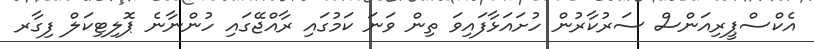
އެކްސްޕީރިއަންސް ސަރުކާރުން ހުށައަޅާފައިވަ ތިން ވަނަ ކަމުގައި ރާއްޖޭގައި ހުންނާނެ ޕޮލިޓިކަލް ފިގާރ